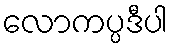
လောကပ္ပဒီပါ